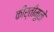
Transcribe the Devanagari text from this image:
कीर्तीमुळे